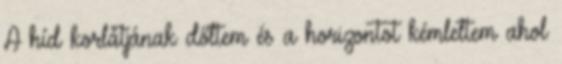
A híd korlátjának dőltem és a horizontot kémleltem ahol